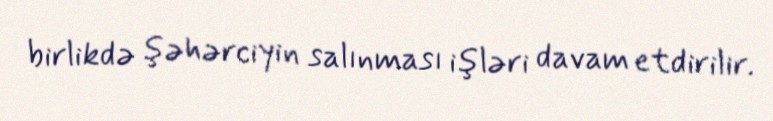
birlikdə şəhərciyin salınması işləri davam etdirilir.